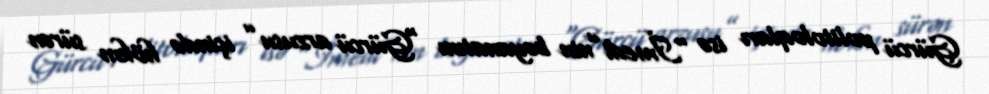
Gürcü politoloqları isə “İmedi”nin bəyanatını “Gürcü arzusu” içində hökm sürən